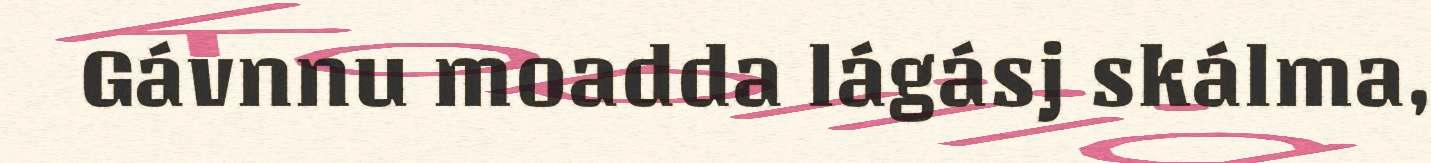
Gávnnu moadda lágásj skálma,